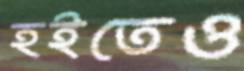
হইতেও